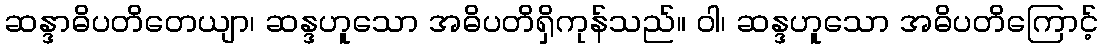
ဆန္ဒာဓိပတိတေယျာ၊ ဆန္ဒဟူသော အဓိပတိရှိကုန်သည်။ ဝါ၊ ဆန္ဒဟူသော အဓိပတိကြောင့်